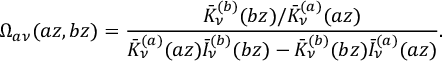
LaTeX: \Omega _ { a \nu } ( a z , b z ) = \frac { \bar { K } _ { \nu } ^ { ( b ) } ( b z ) / \bar { K } _ { \nu } ^ { ( a ) } ( a z ) } { \bar { K } _ { \nu } ^ { ( a ) } ( a z ) \bar { I } _ { \nu } ^ { ( b ) } ( b z ) - \bar { K } _ { \nu } ^ { ( b ) } ( b z ) \bar { I } _ { \nu } ^ { ( a ) } ( a z ) } .